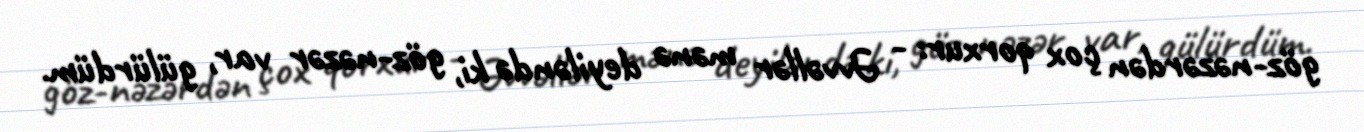
göz-nəzərdən çox qorxur: - Əvvəllər mənə deyiləndə ki, göz-nəzər var, gülürdüm.